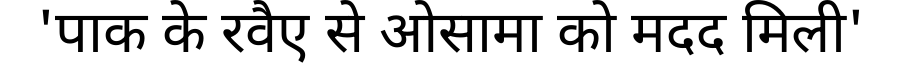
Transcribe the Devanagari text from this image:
'पाक के रवैए से ओसामा को मदद मिली'